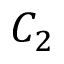
C _ { 2 }